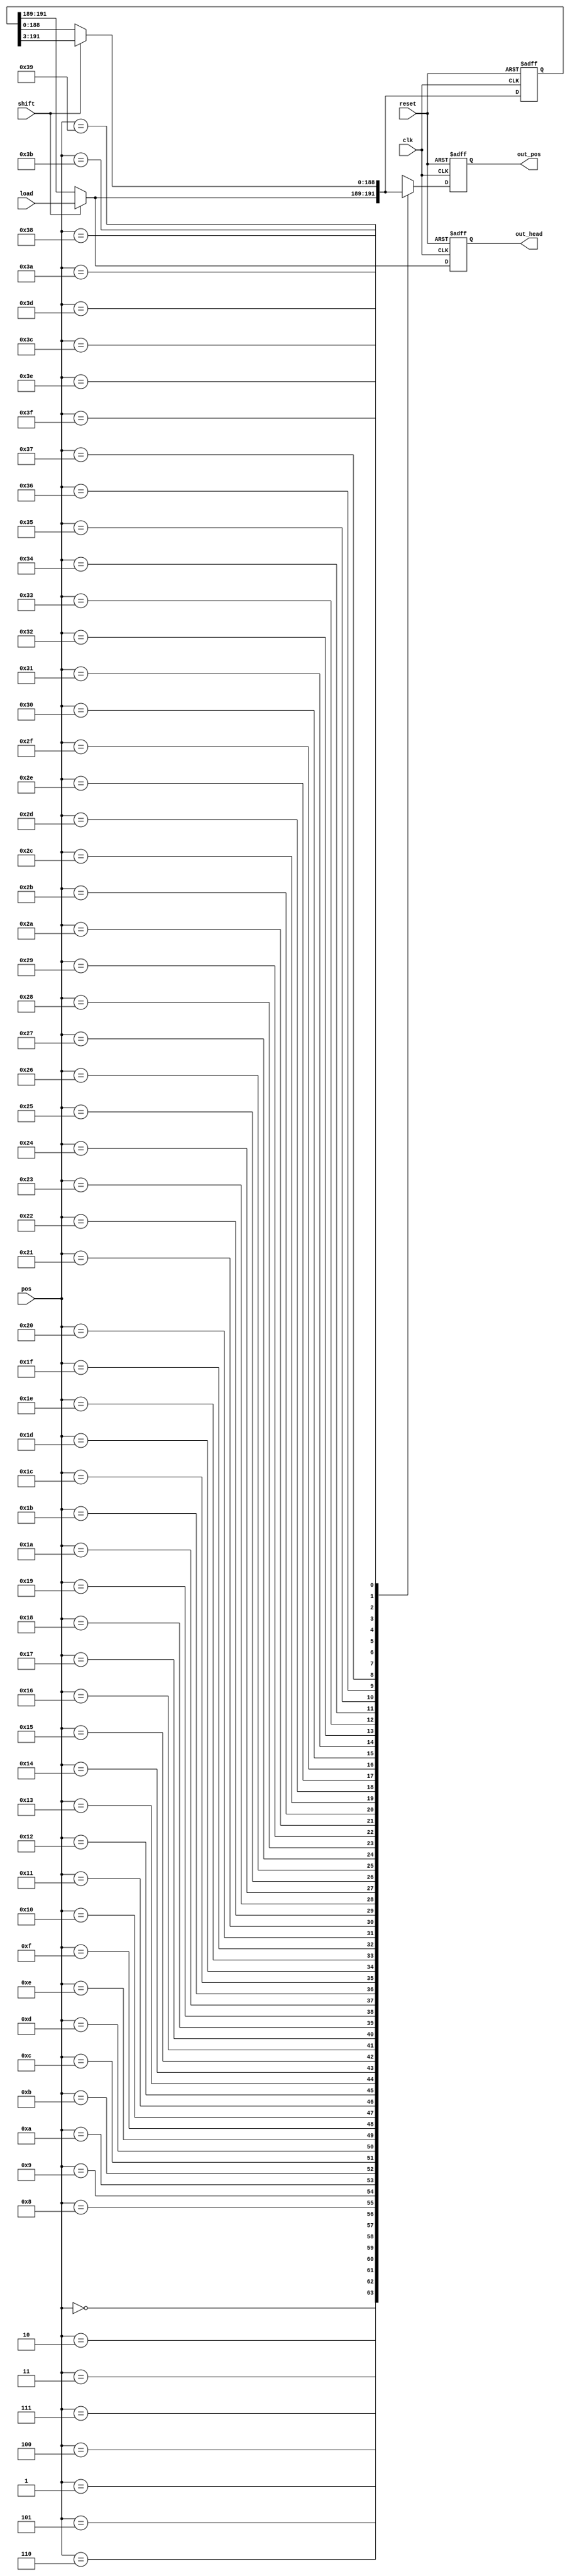
module move_register(clk,load,out_head,out_pos,pos,reset,shift);

input clk,reset,shift;

input [2:0] load;

input [5:0] pos;

output reg [2:0] out_head,out_pos;

reg [191:0] hold_all;



always@(posedge clk,posedge reset)begin
	if(reset == 1) begin
	hold_all = 192'b0;
	out_head = hold_all[191:189];
	out_pos = hold_all[191:189];
	end else begin
	
		if(shift == 1) begin
		hold_all = hold_all >> 1;
		hold_all = hold_all >> 1;
		hold_all = hold_all >> 1;

		hold_all[191:189] = load;
		end else begin
		hold_all = hold_all;
		end
		
	out_head = hold_all[191:189];
	
	case(pos)
	6'b0:begin out_pos = hold_all[191:189]; end
	6'b1:begin out_pos = hold_all[188:186]; end
	6'b10:begin out_pos = hold_all[185:183]; end
	6'b11:begin out_pos = hold_all[182:180];	end
	6'b100:begin out_pos = hold_all[179:177]; end
	6'b101:begin out_pos = hold_all[176:174]; end
	6'b110:begin out_pos = hold_all[173:171]; end
	6'b111:begin out_pos = hold_all[170:168]; end
	6'b1000:begin out_pos = hold_all[167:165]; end
	6'b1001:begin out_pos = hold_all[164:162]; end
	6'b1010:begin out_pos = hold_all[161:159]; end
	6'b1011:begin out_pos = hold_all[158:156]; end
	6'b1100:begin out_pos = hold_all[155:153]; end
	6'b1101:begin out_pos = hold_all[152:150]; end
	6'b1110:begin out_pos = hold_all[149:147]; end
	6'b1111:begin out_pos = hold_all[146:144]; end
	6'b10000:begin out_pos = hold_all[143:141]; end
	6'b10001:begin out_pos = hold_all[140:138]; end
	6'b10010:begin out_pos = hold_all[137:135]; end
	6'b10011:begin out_pos = hold_all[134:132]; end
	6'b10100:begin out_pos = hold_all[131:129]; end
	6'b10101:begin out_pos = hold_all[128:126]; end
	6'b10110:begin out_pos = hold_all[125:123]; end
	6'b10111:begin out_pos = hold_all[122:120]; end
	6'b11000:begin out_pos = hold_all[119:117]; end
	6'b11001:begin out_pos = hold_all[116:114]; end
	6'b11010: begin out_pos = hold_all[113:111]; end
	6'b11011: begin out_pos = hold_all[110:108]; end
	6'b11100: begin out_pos = hold_all[107:105]; end
	6'b11101: begin out_pos = hold_all[104:102]; end
	6'b11110: begin out_pos = hold_all[101:99]; end
	6'b11111: begin out_pos = hold_all[98:96]; end
	6'b100000: begin out_pos = hold_all[95:93]; end
	6'b100001: begin out_pos = hold_all[92:90]; end
	6'b100010: begin out_pos = hold_all[89:87]; end
	6'b100011: begin out_pos = hold_all[86:84]; end
	6'b100100: begin out_pos = hold_all[83:81]; end
	6'b100101: begin out_pos = hold_all[80:78]; end
	6'b100110: begin out_pos = hold_all[77:75]; end
	6'b100111: begin out_pos = hold_all[74:72]; end
	6'b101000: begin out_pos = hold_all[71:69]; end
	6'b101001: begin out_pos = hold_all[68:66]; end
	6'b101010: begin out_pos = hold_all[65:63]; end
	6'b101011: begin out_pos = hold_all[62:60]; end
	6'b101100: begin out_pos = hold_all[59:57]; end
	6'b101101: begin out_pos = hold_all[56:54]; end
	6'b101110: begin out_pos = hold_all[53:51]; end
	6'b101111: begin out_pos = hold_all[50:48]; end
	6'b110000: begin out_pos = hold_all[47:45]; end
	6'b110001: begin out_pos = hold_all[44:42]; end
	6'b110010: begin out_pos = hold_all[41:39]; end
	6'b110011: begin out_pos = hold_all[38:36]; end
	6'b110100: begin out_pos = hold_all[35:33]; end
	6'b110101: begin out_pos = hold_all[32:30]; end
	6'b110110: begin out_pos = hold_all[29:27]; end
	6'b110111: begin out_pos = hold_all[26:24]; end
	6'b111000: begin out_pos = hold_all[23:21]; end
	6'b111001: begin out_pos = hold_all[20:18]; end
	6'b111010: begin out_pos = hold_all[17:15]; end
	6'b111011: begin out_pos = hold_all[14:12]; end
	6'b111100: begin out_pos = hold_all[11:9]; end
	6'b111101: begin out_pos = hold_all[8:6]; end
	6'b111110: begin out_pos = hold_all[5:3]; end
	6'b111111: begin out_pos = hold_all[2:0]; end
	default: begin out_pos = hold_all[2:0]; end
	endcase
	
	end
end
endmodule